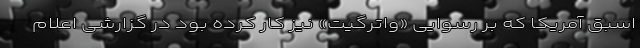
اسبق آمریکا که بر رسوایی «واترگیت» نیز کار کرده بود در گزارشی اعلام